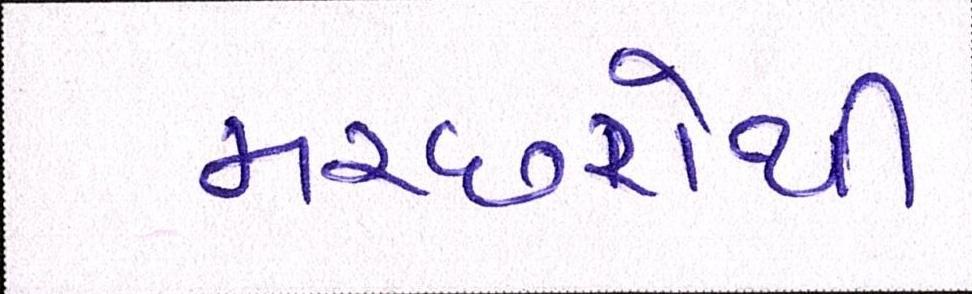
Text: મચ્છરોથી